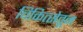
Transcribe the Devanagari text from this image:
चिकित्सेतून